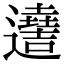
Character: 𨘫